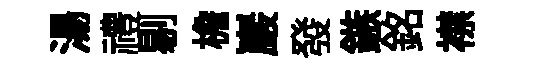
湯禮剔檐巖發鏃銘襟